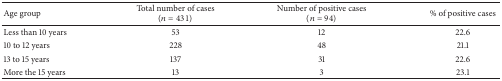
<table><thead><tr><td><b>Age group</b></td><td><b>Total number of cases (<i>n</i> = 431)</b></td><td><b>Number of positive cases (<i>n</i> = 94)</b></td><td><b>% of positive cases</b></td></tr></thead><tbody><tr><td>Less than 10 years</td><td>53</td><td>12</td><td>22.6</td></tr><tr><td>10 to 12 years</td><td>228</td><td>48</td><td>21.1</td></tr><tr><td>13 to 15 years</td><td>137</td><td>31</td><td>22.6</td></tr><tr><td>More the 15 years</td><td>13</td><td>3</td><td>23.1</td></tr></tbody></table>